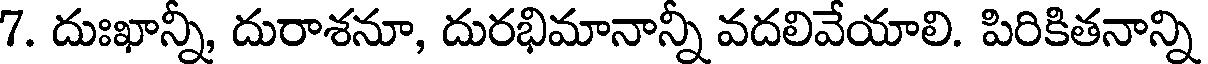
7. దుఃఖాన్నీ, దురాశనూ, దురభిమానాన్నీ వదలివేయాలి. పిరికితనాన్ని